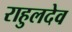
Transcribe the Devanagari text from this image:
राहुलदेव